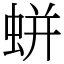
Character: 蛢